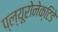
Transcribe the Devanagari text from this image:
प्ल्यूरोनेक्टिडे